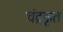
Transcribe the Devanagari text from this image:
चंद्रकृत